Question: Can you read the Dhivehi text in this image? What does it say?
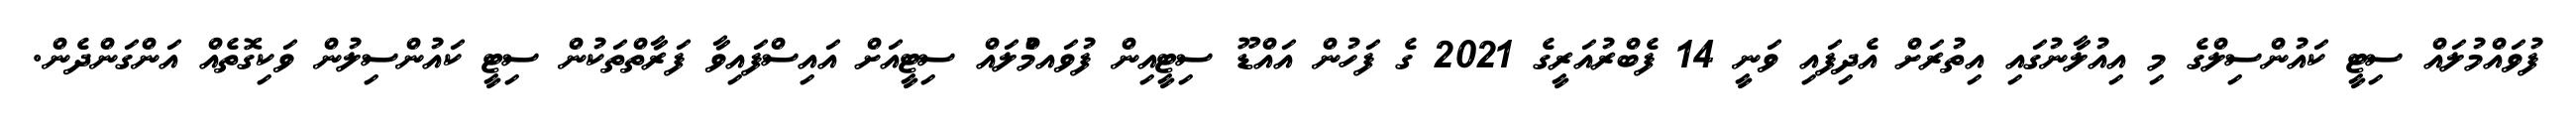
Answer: ފުވައްމުލައް ސިޓީ ކައުންސިލްގެ މި އިއުލާނުގައި އިތުރަށް އެދިފައި ވަނީ 14 ފެބްރުއަރީގެ 2021 ގެ ފަހުން އައްޑޫ ސިޓީއިން ފުވައމްުލައް ސިޓީއަށް އައިސްފައިވާ ފަރާތްތަކުން ސިޓީ ކައުންސިލުން ވަކިގޮތެއް އަންގަންދެން.